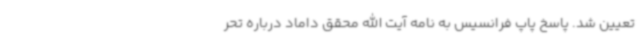
تعیین شد. پاسخ پاپ فرانسیس به نامه آیت الله محقق داماد درباره تحر